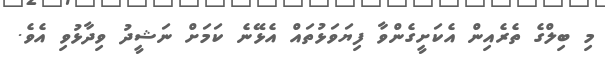
މި ބިލްގެ ތެރެއިން އެކަށީގެންވާ ފިޔަވަޅުތައް އެޅޭނެ ކަމަށް ނަޝީދު ވިދާޅުވި އެވެ.